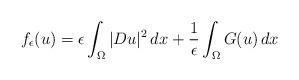
LaTeX: \begin{align*}f_\epsilon(u)=\epsilon \int_\Omega{|Du|^2\,dx}+\frac{1}{\epsilon}\int_\Omega{G(u)\,dx}\end{align*}